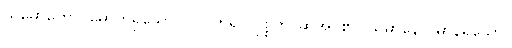
သမောဟော၊ မောဟရှိသောပုဂ္ဂိုလ်ဟူ၍။ ဝုစ္စတိ၊ ဆိုအပ်၏။ သမာနော၊ မာနရှိသော။